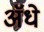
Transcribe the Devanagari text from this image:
ॲधे